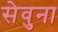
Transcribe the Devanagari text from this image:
सेवुना